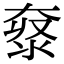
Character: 𡙌